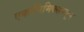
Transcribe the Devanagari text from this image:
एकॉनिमिक्समधून